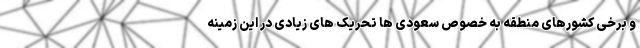
و برخی کشورهای منطقه به خصوص سعودی ها تحریک های زیادی در این زمینه